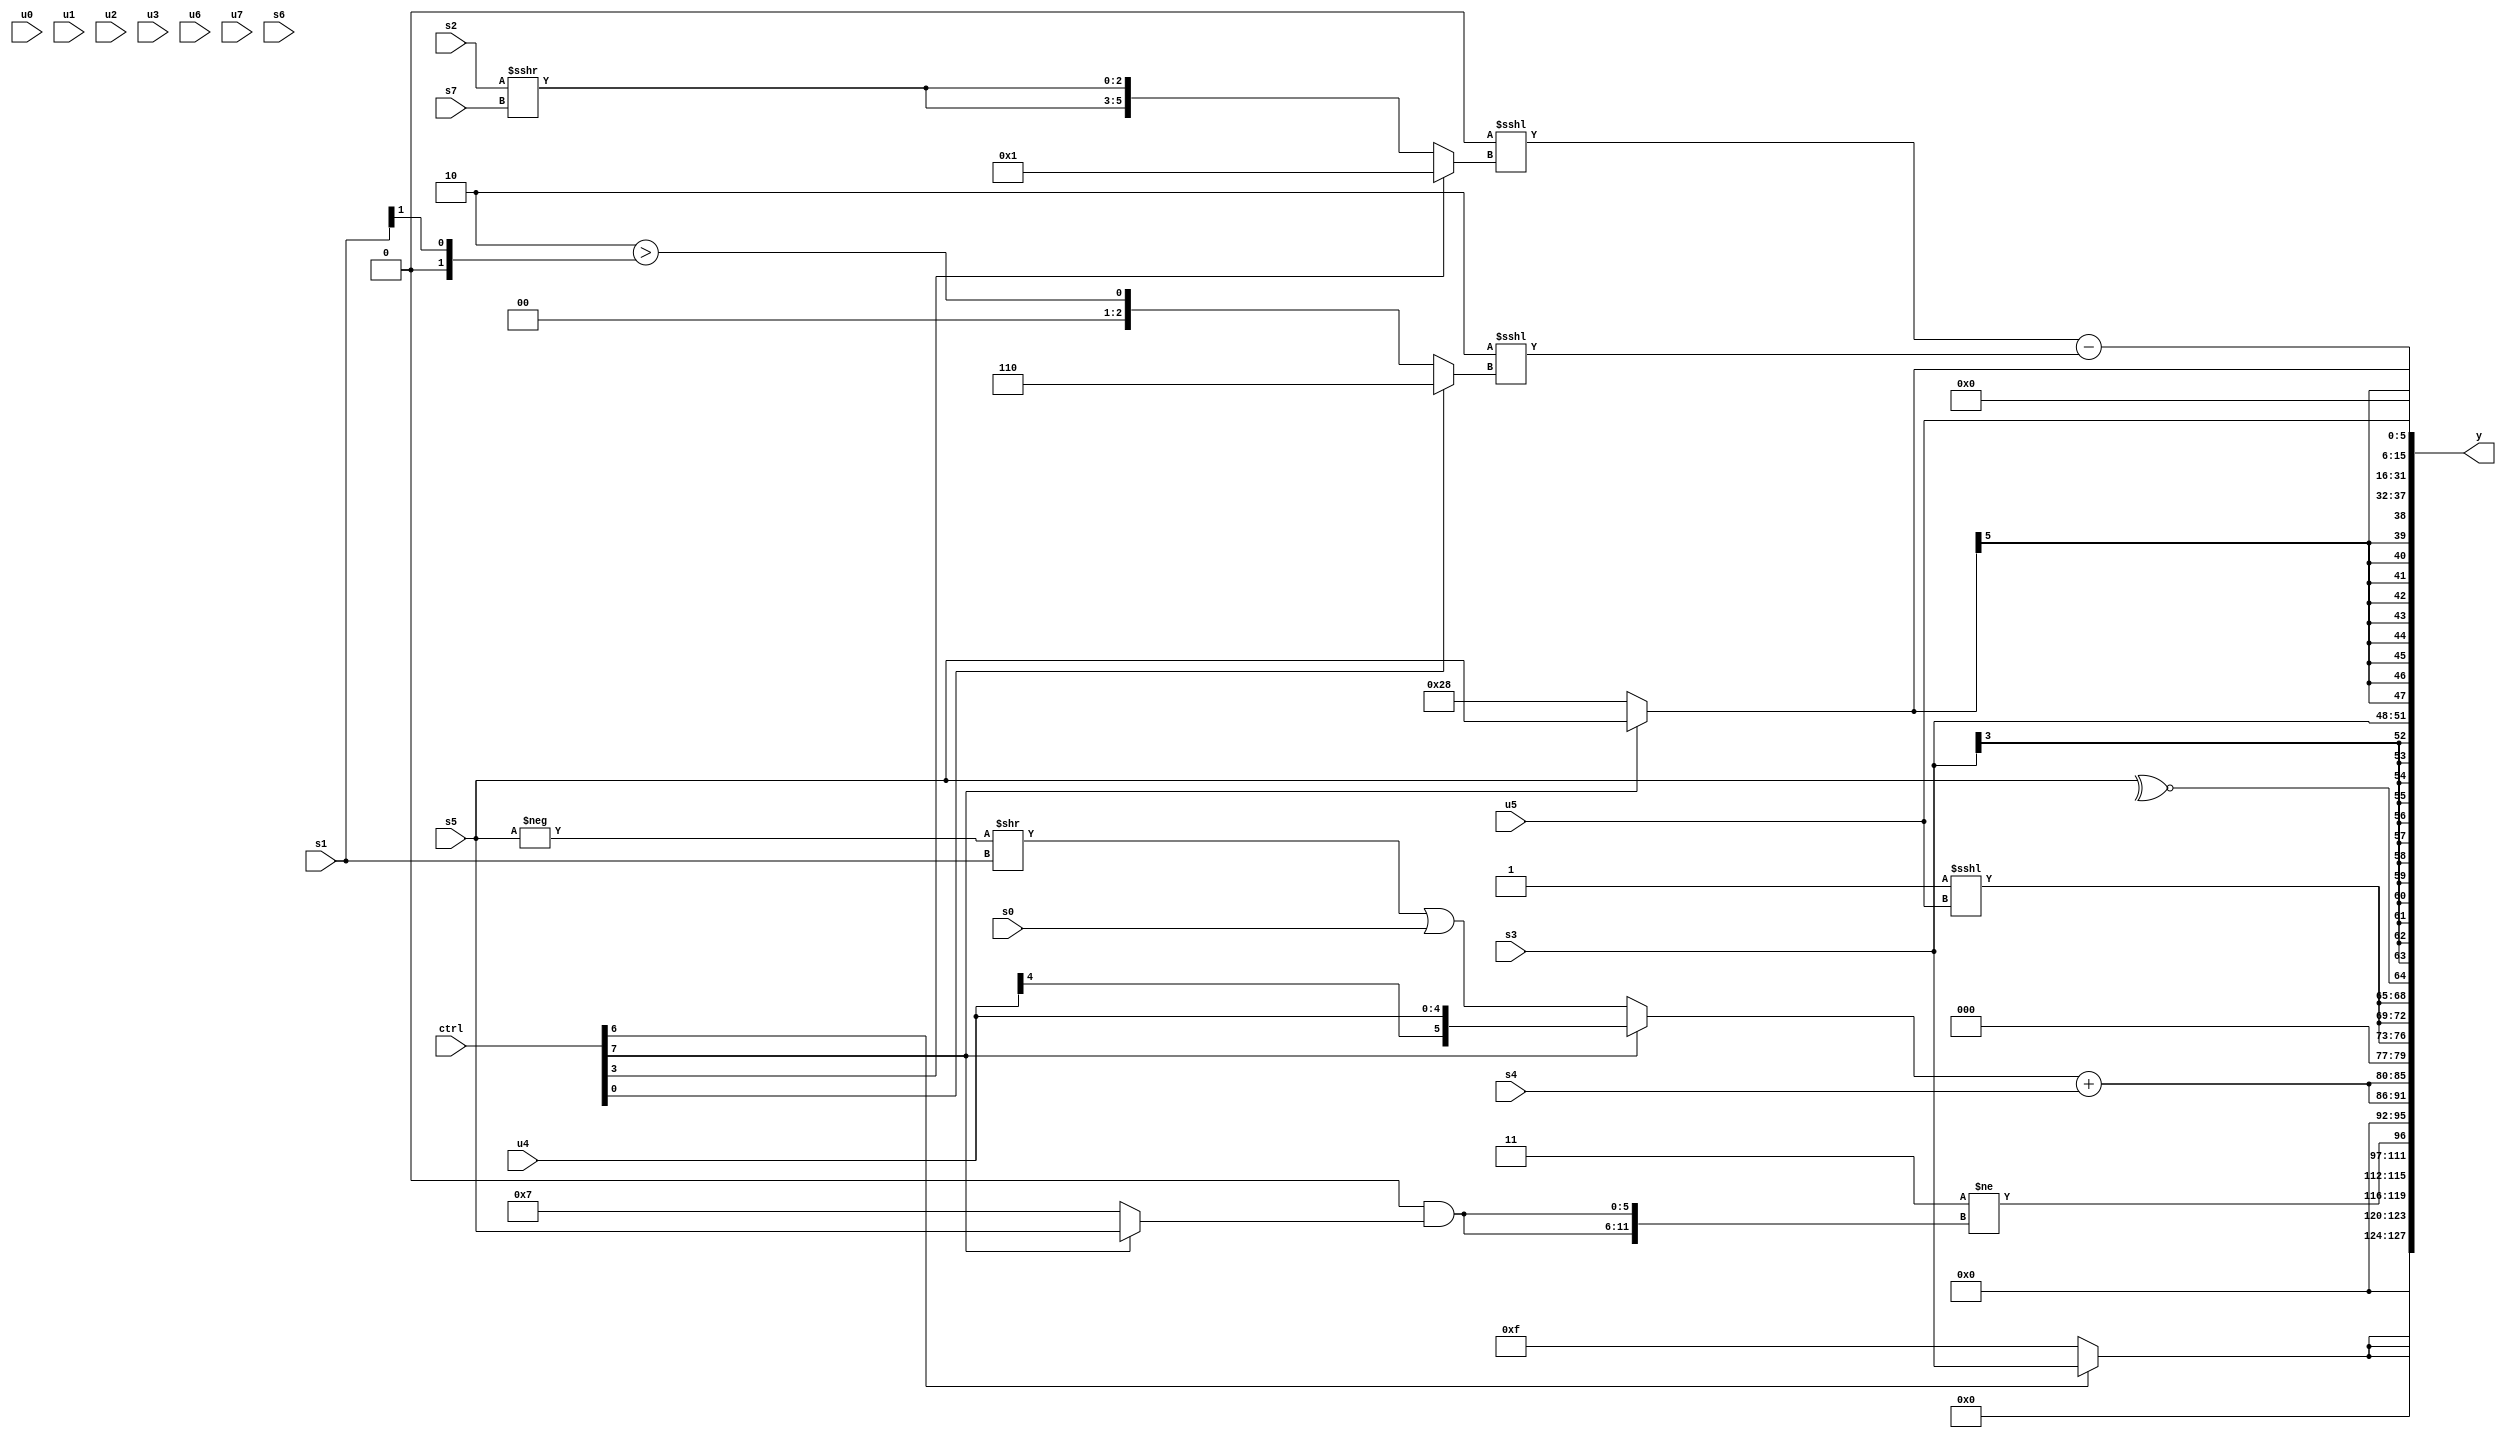
module wideexpr_00409(ctrl, u0, u1, u2, u3, u4, u5, u6, u7, s0, s1, s2, s3, s4, s5, s6, s7, y);
  input [7:0] ctrl;
  input [0:0] u0;
  input [1:0] u1;
  input [2:0] u2;
  input [3:0] u3;
  input [4:0] u4;
  input [5:0] u5;
  input [6:0] u6;
  input [7:0] u7;
  input signed [0:0] s0;
  input signed [1:0] s1;
  input signed [2:0] s2;
  input signed [3:0] s3;
  input signed [4:0] s4;
  input signed [5:0] s5;
  input signed [6:0] s6;
  input signed [7:0] s7;
  output [127:0] y;
  wire [15:0] y0;
  wire [15:0] y1;
  wire [15:0] y2;
  wire [15:0] y3;
  wire [15:0] y4;
  wire [15:0] y5;
  wire [15:0] y6;
  wire [15:0] y7;
  assign y = {y0,y1,y2,y3,y4,y5,y6,y7};
  assign y0 = {3{(ctrl[6]?s3:1'sb1)}};
  assign y1 = (3'sb011)!=({2{(3'sb000)&((ctrl[7]?s5:4'sb0111))}});
  assign y2 = {2{(+((ctrl[7]?$signed(u4):((-(s5))>>(s1))|(s0))))+(s4)}};
  assign y3 = {{3{(4'b0001)<<<(u5)}},~^(s5)};
  assign y4 = (ctrl[4]?s3:s3);
  assign y5 = (ctrl[7]?s5:6'sb101000);
  assign y6 = (($signed(&({3{3'sb000}})))<<<((ctrl[3]?1'b1:{2{{1{(s2)>>>(s7)}}}})))-((2'sb10)<<<((ctrl[0]?+(3'sb110):($signed(2'b10))>((s1)>>($signed(6'sb000001))))));
  assign y7 = u5;
endmodule